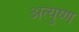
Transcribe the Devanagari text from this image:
अत्युष्ण